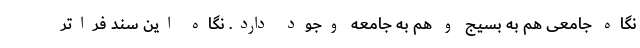
نگاه جامعی هم به بسیج و هم به جامعه‌ وجود دارد. نگاه این سند فراتر